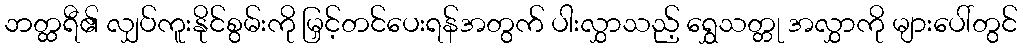
ဘတ္ထရီ၏ လျှပ်ကူးနိုင်စွမ်းကို မြှင့်တင်ပေးရန်အတွက် ပါးလွှာသည့် ရွှေသတ္တု အလွှာကို များပေါ်တွင်